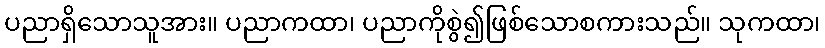
ပညာရှိသောသူအား။ ပညာကထာ၊ ပညာကိုစွဲ၍ဖြစ်သောစကားသည်။ သုကထာ၊